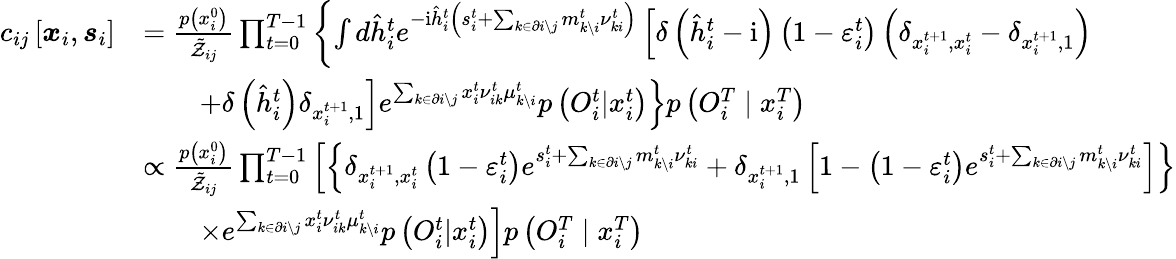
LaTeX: \begin{array}{rl}{c_{ij}\left[\boldsymbol{x}_{i},\boldsymbol{s}_{i}\right]}&{=\frac{p\left(x_{i}^{0}\right)}{\tilde{\mathcal{Z}}_{ij}}\prod_{t=0}^{T-1}\left\{ \int d\hat{h}_{i}^{t}e^{-\mathrm{i}\hat{h}_{i}^{t}\left(s_{i}^{t}+\sum_{k\in\partial i\setminus j}m_{k\setminus i}^{t}\nu_{ki}^{t}\right)}\left[\delta\left(\hat{h}_{i}^{t}-\mathrm{i}\right)\left(1-\varepsilon_{i}^{t}\right)\left(\delta_{x_{i}^{t+1},x_{i}^{t}}-\delta_{x_{i}^{t+1},1}\right)\right.\right.}\\ &{\qquad\left.\left.+\delta\left(\hat{h}_{i}^{t}\right)\delta_{x_{i}^{t+1},1}\right]e^{\sum_{k\in\partial i\setminus j}x_{i}^{t}\nu_{ik}^{t}\mu_{k\setminus i}^{t}}p\left({O}_{i}^{t}|x_{i}^{t}\right)\right\} p\left({O}_{i}^{T}\mid x_{i}^{T}\right)}\\ &{\propto\frac{p\left(x_{i}^{0}\right)}{\tilde{\mathcal{Z}}_{ij}}\prod_{t=0}^{T-1}\left[\left\{ \delta_{x_{i}^{t+1},x_{i}^{t}}\left(1-\varepsilon_{i}^{t}\right)e^{s_{i}^{t}+\sum_{k\in\partial i\setminus j}m_{k\setminus i}^{t}\nu_{ki}^{t}}+\delta_{x_{i}^{t+1},1}\left[1-\left(1-\varepsilon_{i}^{t}\right)e^{s_{i}^{t}+\sum_{k\in\partial i\setminus j}m_{k\setminus i}^{t}\nu_{ki}^{t}}\right]\right\} \right.}\\ &{\qquad\left.\times e^{\sum_{k\in\partial i\setminus j}x_{i}^{t}\nu_{ik}^{t}\mu_{k\setminus i}^{t}}p\left({O}_{i}^{t}|x_{i}^{t}\right)\right]p\left({O}_{i}^{T}\mid x_{i}^{T}\right)}\end{array}